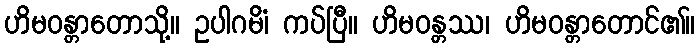
ဟိမဝန္တာတောသို့။ ဥပါဂမိံ၊ ကပ်ပြီ။ ဟိမဝန္တဿ၊ ဟိမဝန္တာတောင်၏။